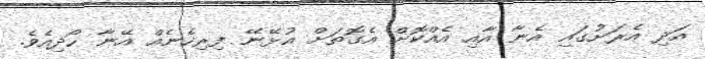
އަދި އެރަށުގައި އެނާ އާއި އެއްކޮށް އެގޮތަށް އުޅޭނޭ ފިރިހެނެއް އޭނާ ހޯދިއެވެ.